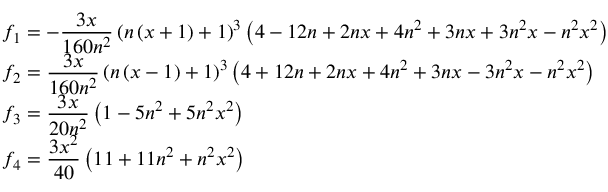
\begin{array} { l c l } { f _ { 1 } = \displaystyle - \frac { 3 x } { 1 6 0 n ^ { 2 } } \left( n \left( x + 1 \right) + 1 \right) ^ { 3 } \left( 4 - 1 2 n + 2 n x + 4 n ^ { 2 } + 3 n x + 3 n ^ { 2 } x - n ^ { 2 } x ^ { 2 } \right) } \\ { f _ { 2 } = \displaystyle \frac { 3 x } { 1 6 0 n ^ { 2 } } \left( n \left( x - 1 \right) + 1 \right) ^ { 3 } \left( 4 + 1 2 n + 2 n x + 4 n ^ { 2 } + 3 n x - 3 n ^ { 2 } x - n ^ { 2 } x ^ { 2 } \right) } \\ { f _ { 3 } = \displaystyle \frac { 3 x } { 2 0 n ^ { 2 } } \left( 1 - 5 n ^ { 2 } + 5 n ^ { 2 } x ^ { 2 } \right) } \\ { f _ { 4 } = \displaystyle \frac { 3 x ^ { 2 } } { 4 0 } \left( 1 1 + 1 1 n ^ { 2 } + n ^ { 2 } x ^ { 2 } \right) } \end{array}